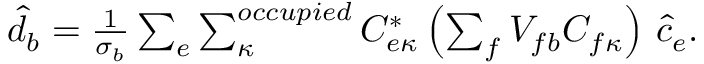
\begin{array} { r } { \hat { d } _ { b } = \frac { 1 } { \sigma _ { b } } \sum _ { e } \sum _ { \kappa } ^ { o c c u p i e d } C _ { e \kappa } ^ { * } \left( \sum _ { f } V _ { f b } C _ { f \kappa } \right) \, \hat { c } _ { e } . } \end{array}